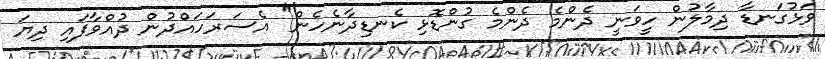
ވަޅުގަނޑާ ދިމާލުން ހީވަނީ ދެންމެ ދެންމެ ގުންޑޮޅި ކެނޑިދާނެހެން" އެސަރަހައްދުން ދުއްވާފައި ދިޔަ